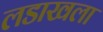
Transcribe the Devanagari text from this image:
लडाखला